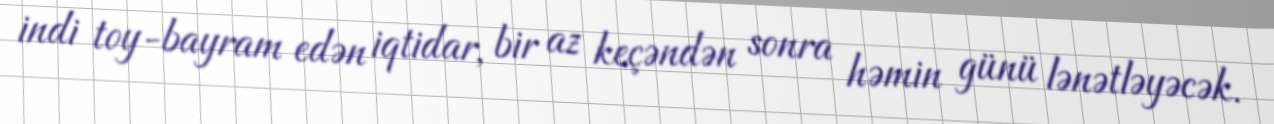
indi toy-bayram edən iqtidar, bir az keçəndən sonra həmin günü lənətləyəcək.